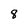
Character: 8